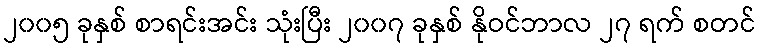
၂၀၀၅ ခုနှစ် စာရင်းအင်း သုံးပြီး ၂၀၀၇ ခုနှစ် နိုဝင်ဘာလ ၂၇ ရက် စတင်